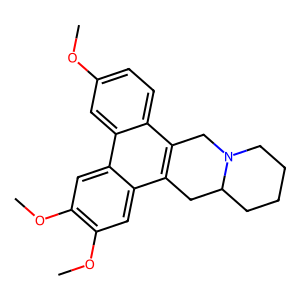
SMILES: COc1ccc2c3c(c4cc(OC)c(OC)cc4c2c1)CC1CCCCN1C3
Inhibits HIV replication: No